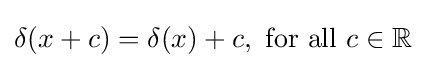
\delta (x+c)=\delta (x)+c,{\text{ for all }}c\in \mathbb {R}